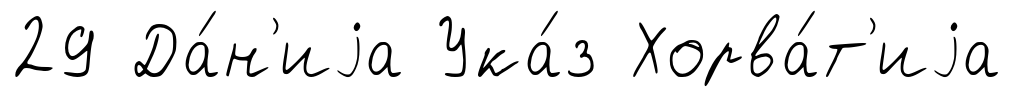
29 Да́н'иjа Ука́з Хорва́т'иjа